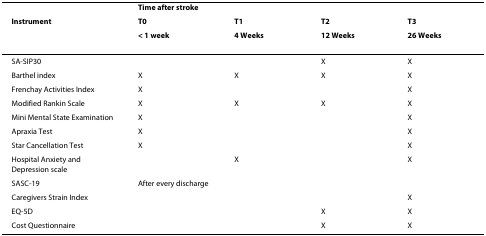
|  | <COLSPAN=4> Time after stroke |
 | Instrument | T0 | T1 | T2 | T3 |
 |  | < 1 week | 4 Weeks | 12 Weeks | 26 Weeks |
 | --- | --- | --- | --- | --- |
 | SA-SIP30 |  |  | X | X |
 | Barthel index | X | X | X | X |
 | Frenchay Activities Index | X |  |  | X |
 | Modified Rankin Scale | X | X | X | X |
 | Mini Mental State Examination | X |  |  | X |
 | Apraxia Test | X |  |  | X |
 | Star Cancellation Test | X |  |  | X |
 | Hospital Anxiety and Depression scale |  | X |  | X |
 | SASC-19 | <COLSPAN=4> After every discharge |
 | Caregivers Strain Index |  |  |  | X |
 | EQ-5D |  |  | X | X |
 | Cost Questionnaire |  |  | X | X |